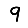
Digit: 9